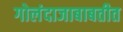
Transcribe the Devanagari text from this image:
गोलंदाजाबाबतीत